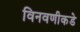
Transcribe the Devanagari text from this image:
विनवणीकडे